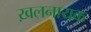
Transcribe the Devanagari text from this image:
ख़लनायक